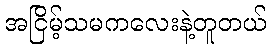
အငြိမ့်သမကလေးနဲ့တူတယ်